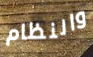
والنظام